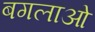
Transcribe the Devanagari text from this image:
बगलाओं